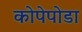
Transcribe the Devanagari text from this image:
कोपेपोडा